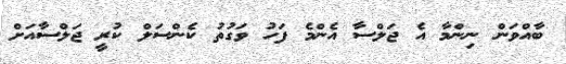
ބާއްވަން ނިންމާ އެ ޖަލްސާ އެންމެ ފަހު ވަގުތު ކެންސަލް ކުރީ ޖަލްސާއަށް